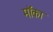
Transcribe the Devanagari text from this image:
मॉका